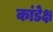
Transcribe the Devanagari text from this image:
कांडेक्ष